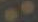
..